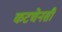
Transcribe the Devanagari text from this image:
कटचेनसी